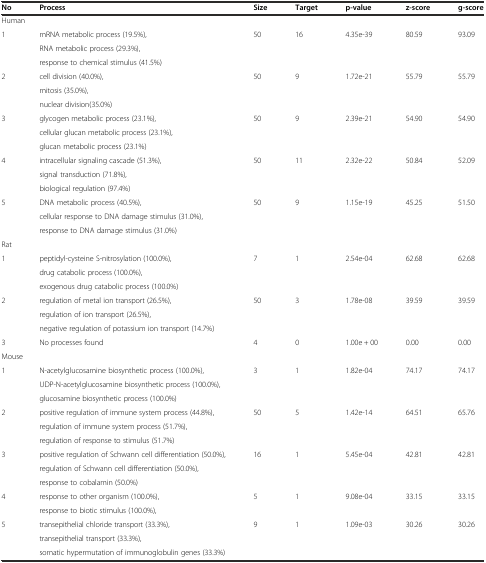
<table><thead><tr><td><b>No</b></td><td><b>Process</b></td><td><b>Size</b></td><td><b>Target</b></td><td><b>p-value</b></td><td><b>z-score</b></td><td><b>g-score</b></td></tr></thead><tbody><tr><td colspan="7">Human</td></tr><tr><td rowspan="3">1</td><td>mRNA metabolic process (19.5%),</td><td rowspan="3">50</td><td rowspan="3">16</td><td rowspan="3">4.35e-39</td><td rowspan="3">80.59</td><td rowspan="3">93.09</td></tr><tr><td>RNA metabolic process (29.3%),</td></tr><tr><td>response to chemical stimulus (41.5%)</td></tr><tr><td rowspan="3">2</td><td>cell division (40.0%),</td><td rowspan="3">50</td><td rowspan="3">9</td><td rowspan="3">1.72e-21</td><td rowspan="3">55.79</td><td rowspan="3">55.79</td></tr><tr><td>mitosis (35.0%),</td></tr><tr><td>nuclear division(35.0%)</td></tr><tr><td rowspan="3">3</td><td>glycogen metabolic process (23.1%),</td><td rowspan="3">50</td><td rowspan="3">9</td><td rowspan="3">2.39e-21</td><td rowspan="3">54.90</td><td rowspan="3">54.90</td></tr><tr><td>cellular glucan metabolic process (23.1%),</td></tr><tr><td>glucan metabolic process (23.1%)</td></tr><tr><td rowspan="3">4</td><td>intracellular signaling cascade (51.3%),</td><td rowspan="3">50</td><td rowspan="3">11</td><td rowspan="3">2.32e-22</td><td rowspan="3">50.84</td><td rowspan="3">52.09</td></tr><tr><td>signal transduction (71.8%),</td></tr><tr><td>biological regulation (97.4%)</td></tr><tr><td rowspan="3">5</td><td>DNA metabolic process (40.5%),</td><td rowspan="3">50</td><td rowspan="3">9</td><td rowspan="3">1.15e-19</td><td rowspan="3">45.25</td><td rowspan="3">51.50</td></tr><tr><td>cellular response to DNA damage stimulus (31.0%),</td></tr><tr><td>response to DNA damage stimulus (31.0%)</td></tr><tr><td colspan="7">Rat</td></tr><tr><td rowspan="3">1</td><td>peptidyl-cysteine S-nitrosylation (100.0%),</td><td rowspan="3">7</td><td rowspan="3">1</td><td rowspan="3">2.54e-04</td><td rowspan="3">62.68</td><td rowspan="3">62.68</td></tr><tr><td>drug catabolic process (100.0%),</td></tr><tr><td>exogenous drug catabolic process (100.0%)</td></tr><tr><td rowspan="3">2</td><td>regulation of metal ion transport (26.5%),</td><td rowspan="3">50</td><td rowspan="3">3</td><td rowspan="3">1.78e-08</td><td rowspan="3">39.59</td><td rowspan="3">39.59</td></tr><tr><td>regulation of ion transport (26.5%),</td></tr><tr><td>negative regulation of potassium ion transport (14.7%)</td></tr><tr><td>3</td><td>No processes found</td><td>4</td><td>0</td><td>1.00e + 00</td><td>0.00</td><td>0.00</td></tr><tr><td colspan="7">Mouse</td></tr><tr><td rowspan="3">1</td><td>N-acetylglucosamine biosynthetic process (100.0%),</td><td rowspan="3">3</td><td rowspan="3">1</td><td rowspan="3">1.82e-04</td><td rowspan="3">74.17</td><td rowspan="3">74.17</td></tr><tr><td>UDP-N-acetylglucosamine biosynthetic process (100.0%),</td></tr><tr><td>glucosamine biosynthetic process (100.0%)</td></tr><tr><td rowspan="3">2</td><td>positive regulation of immune system process (44.8%),</td><td rowspan="3">50</td><td rowspan="3">5</td><td rowspan="3">1.42e-14</td><td rowspan="3">64.51</td><td rowspan="3">65.76</td></tr><tr><td>regulation of immune system process (51.7%),</td></tr><tr><td>regulation of response to stimulus (51.7%)</td></tr><tr><td rowspan="3">3</td><td>positive regulation of Schwann cell differentiation (50.0%),</td><td rowspan="3">16</td><td rowspan="3">1</td><td rowspan="3">5.45e-04</td><td rowspan="3">42.81</td><td rowspan="3">42.81</td></tr><tr><td>regulation of Schwann cell differentiation (50.0%),</td></tr><tr><td>response to cobalamin (50.0%)</td></tr><tr><td rowspan="2">4</td><td>response to other organism (100.0%),</td><td rowspan="2">5</td><td rowspan="2">1</td><td rowspan="2">9.08e-04</td><td rowspan="2">33.15</td><td rowspan="2">33.15</td></tr><tr><td>response to biotic stimulus (100.0%),</td></tr><tr><td rowspan="3">5</td><td>transepithelial chloride transport (33.3%),</td><td rowspan="3">9</td><td rowspan="3">1</td><td rowspan="3">1.09e-03</td><td rowspan="3">30.26</td><td rowspan="3">30.26</td></tr><tr><td>transepithelial transport (33.3%),</td></tr><tr><td>somatic hypermutation of immunoglobulin genes (33.3%)</td></tr></tbody></table>